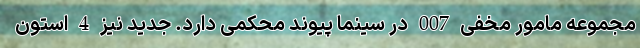
مجموعه مامور مخفی 007 در سینما پیوند محکمی دارد. جدید نیز 4 استون